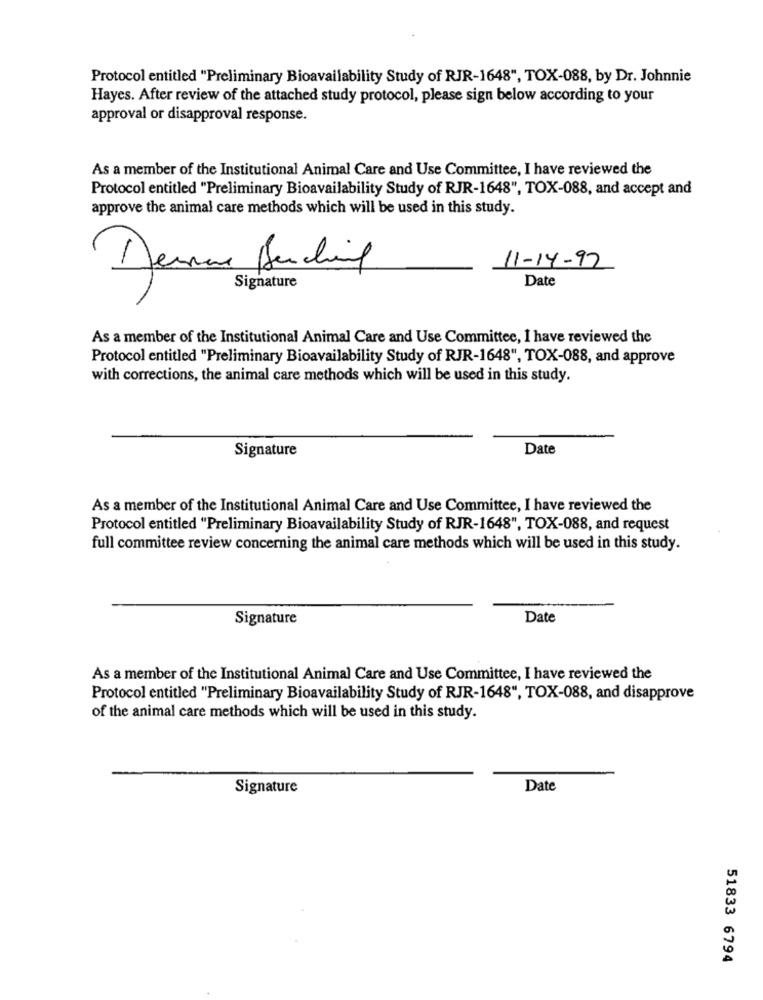
Protocol entitled "Preliminary Bioavailability Study of RJR-1648", TOX-088, by Dr. Johnnie
Hayes. After review of the attached study protocol, please sign below according to your
approval or disapproval response.
As a member of the Institutional Animal Care and Use Committee, I have reviewed the
Protocol entitled "Preliminary Bioavailability Study of RJR-1648", TOX-088, and accept and
approve the animal care methods which will be used in this study.
11-14-97
Date
Signature
As a member of the Institutional Animal Care and Use Committee, I have reviewed the
Protocol entitled "Preliminary Bioavailability Study of RJR-1648", TOX-088, and approve
with corrections, the animal care methods which will be used in this study.
Signature
Date
As a member of the Institutional Animal Care and Use Committee, I have reviewed the
Protocol entitled "Preliminary Bioavailability Study of RJR-1648", TOX-088, and request
full committee review concerning the animal care methods which will be used in this study.
Signature
Date
As a member of the Institutional Animal Care and Use Committee, I have reviewed the
Protocol entitled "Preliminary Bioavailability Study of RJR-1648", TOX-088, and disapprove
of the animal care methods which will be used in this study.
Signature
Date
51833 6794